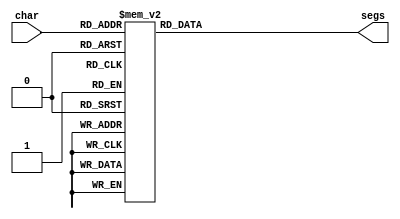
module seven_seg_5 (
    input [3:0] char,
    output reg [6:0] segs
  );
  
  
  
  always @* begin
    
    case (char)
      1'h0: begin
        segs = 7'h3f;
      end
      1'h1: begin
        segs = 7'h06;
      end
      2'h2: begin
        segs = 7'h6d;
      end
      2'h3: begin
        segs = 7'h3e;
      end
      3'h4: begin
        segs = 7'h39;
      end
      3'h5: begin
        segs = 7'h71;
      end
      3'h6: begin
        segs = 7'h77;
      end
      3'h7: begin
        segs = 7'h06;
      end
      4'h8: begin
        segs = 7'h38;
      end
      default: begin
        segs = 7'h00;
      end
    endcase
  end
endmodule